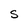
Character: S